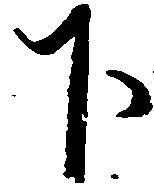
下